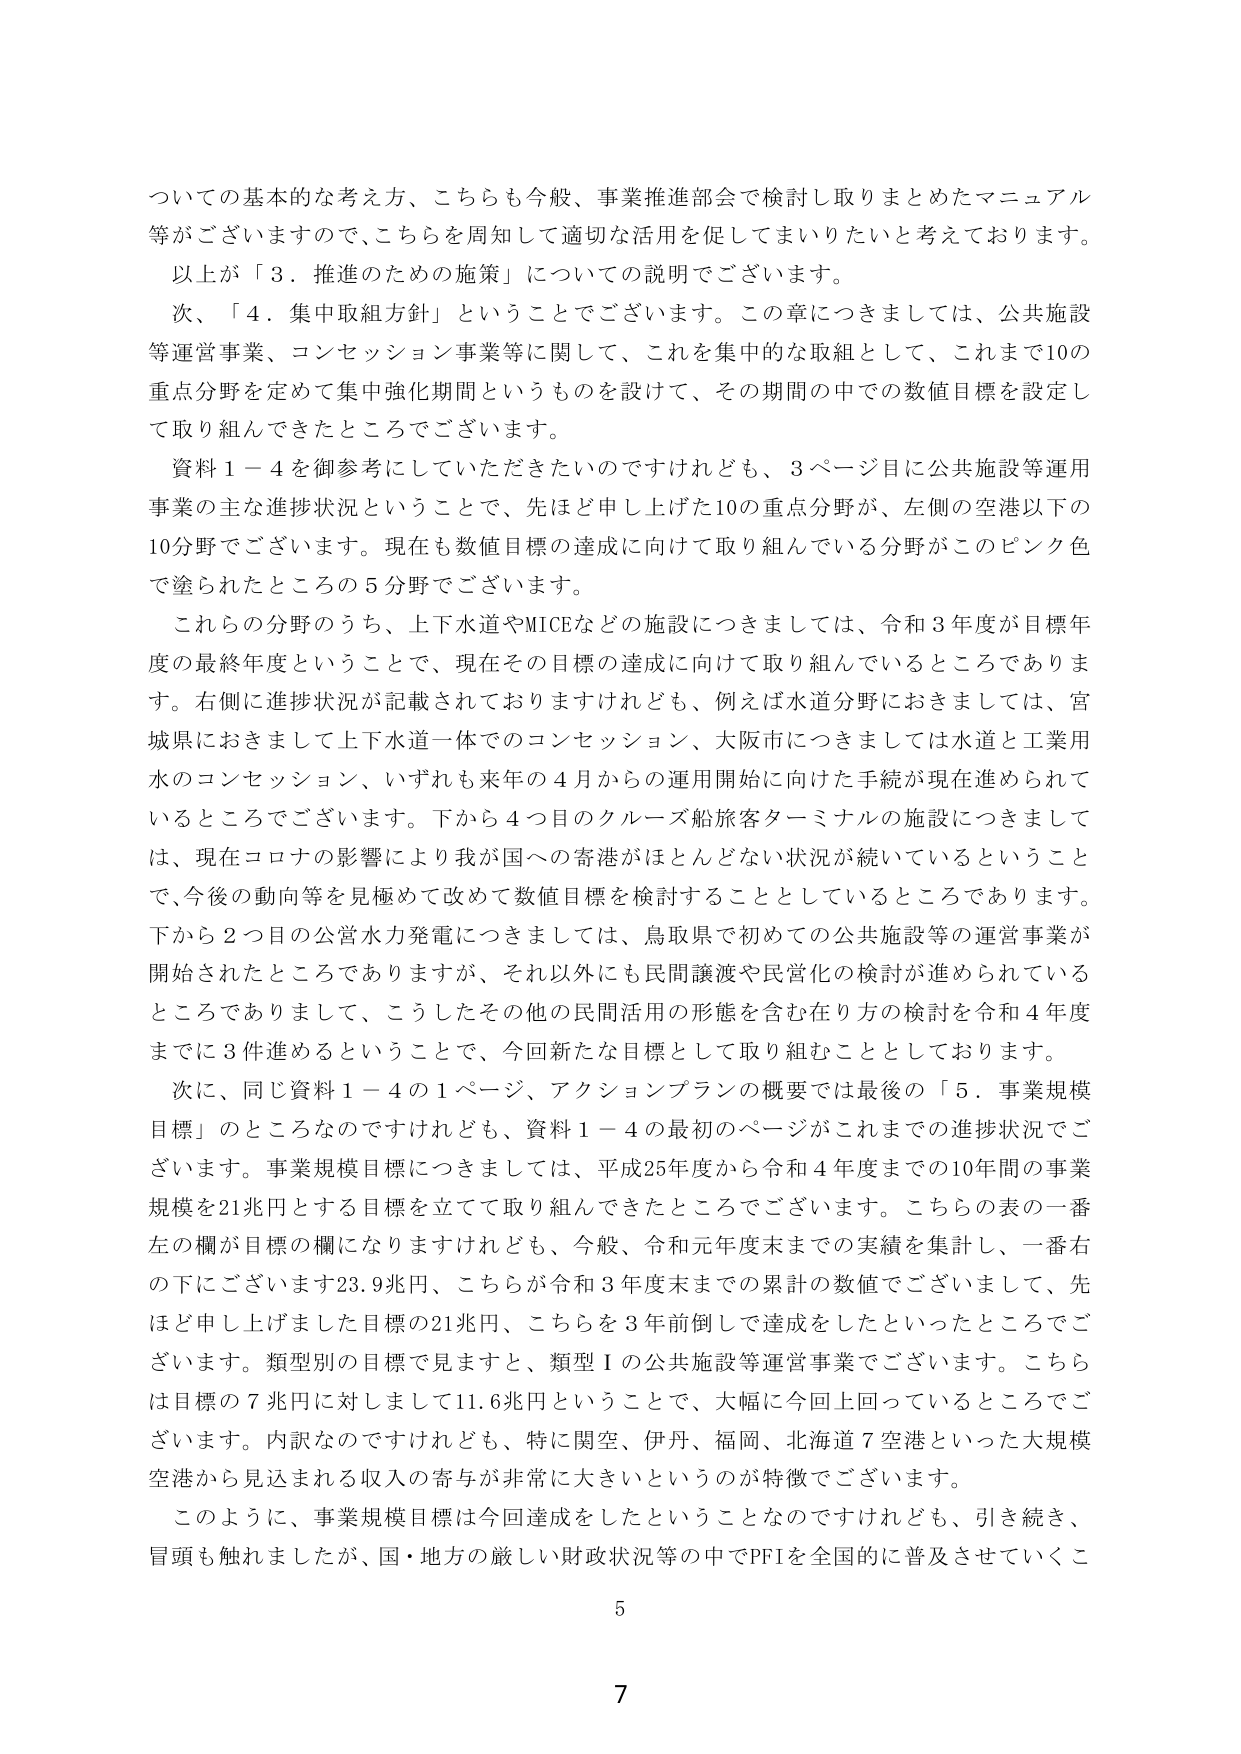
ついての基本的な考え方、こちらも今般、事業推進部会で検討し取りまとめたマニュアル等がございますので、こちらを周知して適切な活用を促してまいりたいと考えております。
以上が「３．推進のための施策」についての説明でございます。
次、「４．集中取組方針」ということでございます。この章につきましては、公共施設等運営事業、コンセッション事業等に関して、これを集中的な取組として、これまで10の重点分野を定めて集中強化期間というものを設けて、その期間の中での数値目標を設定して取り組んできたところでございます。
資料１－４を御参考にしていただきたいのですが、３ページ目に公共施設等運用事業の主な進捗状況ということで、先ほど申し上げた10の重点分野が、左側の空港以下の10分野でございます。現在も数値目標の達成に向けて取り組んでいる分野がこのピンク色で塗られたところの５分野でございます。
これらの分野のうち、上下水道やMICEなどの施設につきましては、令和３年度が目標年度の最終年度ということで、現在その目標の達成に向けて取り組んでいるところであります。右側に進捗状況が記載されておりますけれども、例えば水道分野におきましては、宮城県におきまして上下水道一体でのコンセッション、大阪市につきましては水道と工業用水のコンセッション、いずれも来年の４月からの運用開始に向けた手続が現在進められているところでございます。下から４つ目のクルーズ船旅客ターミナルの施設につきましては、現在コロナの影響により我が国への寄港がほとんどない状況が続いているということで、今後の動向等を見極めて改めて数値目標を検討することとしているところであります。下から２つ目の公営水力発電につきましては、鳥取県で初めての公共施設等の運営事業が開始されたところでありますが、それ以外にも民間譲渡や民営化の検討が進められているところでありますして、こうしたその他の民間活用の形態を含むり方の検討を令和４年度までに３件進めるということで、今回新たな目標として取り組むこととしております。
次に、同じ資料１－４の１ページ、アクションプランの概要では最後の「５．事業規模目標」のところなのですが、資料１－４の最初のページがこれまでの進捗状況でございます。事業規模目標につきましては、平成25年度から令和４年度までの10年間の事業規模を21兆円とする目標を立てて取り組んできたところでございます。こちらの表の一番左の欄が目標の欄になりますけれども、今般、令和元年度末までの実績を集計し、一番右の下にございます23.9兆円、こちらが令和３年度末までの累計の数値でございまして、先ほど申し上げました目標の21兆円、こちらを３年前倒しで達成をしたといったところでございます。類型別の目標を見ますと、類型Ⅰの公共施設等運営事業でございます。こちらは目標の７兆円に対しまして11.6兆円ということで、大幅に今回上回っているところでございます。内訳なのですが、特に関空、伊丹、福岡、北海道７空港といった大規模空港から見込まれる収入の寄与が非常に大きいというのが特徴でございます。
このように、事業規模目標は今回達成をしたということなのですが、引き続き、冒頭も触れましたが、国・地方の厳しい財政状況等の中でPFIを全国的に普及させていくこ
5
7